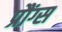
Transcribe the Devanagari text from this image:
प्रौंग्स